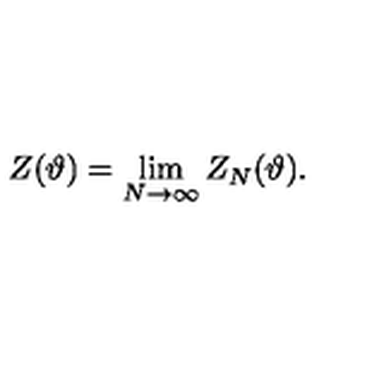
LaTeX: \displaystyle Z ( \vartheta ) = \lim _ { N \rightarrow \infty } Z _ { N } ( \vartheta ) .